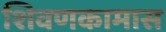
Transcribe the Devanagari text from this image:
शिवणकामास